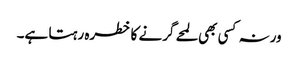
ورنہ کسی بھی لمحے گرنے کا خطرہ رہتا ہے۔